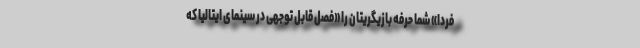
فردا» شما حرفه بازیگریتان را «فصل قابل توجهی در سینمای ایتالیا که